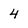
Character: 4